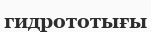
гидрототығы